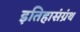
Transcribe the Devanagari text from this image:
इतिहासंग्रंथ